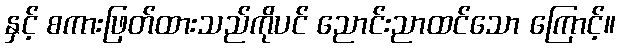
နှင့် စကားဖြတ်ထားသည်ကိုပင် ညောင်းညာထင်သော ကြောင့်။